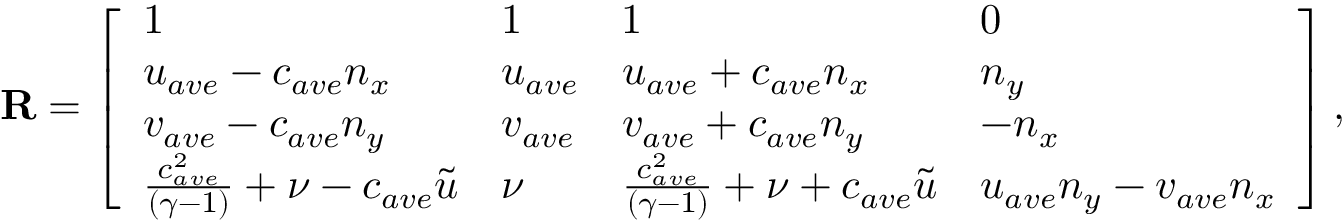
\mathbf { R } = \left[ \begin{array} { l l l l } { 1 } & { 1 } & { 1 } & { 0 } \\ { u _ { a v e } - c _ { a v e } n _ { x } } & { u _ { a v e } } & { u _ { a v e } + c _ { a v e } n _ { x } } & { n _ { y } } \\ { v _ { a v e } - c _ { a v e } n _ { y } } & { v _ { a v e } } & { v _ { a v e } + c _ { a v e } n _ { y } } & { - n _ { x } } \\ { \frac { c _ { a v e } ^ { 2 } } { ( \gamma - 1 ) } + \nu - c _ { a v e } \tilde { u } } & { \nu } & { \frac { c _ { a v e } ^ { 2 } } { ( \gamma - 1 ) } + \nu + c _ { a v e } \tilde { u } } & { u _ { a v e } n _ { y } - v _ { a v e } n _ { x } } \end{array} \right] ,